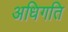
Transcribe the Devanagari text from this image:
अधिगति